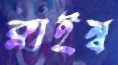
ক্লাইম্ব